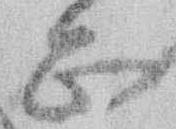
正